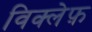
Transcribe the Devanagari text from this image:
विक्लेफ़